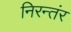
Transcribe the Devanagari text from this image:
निरन्तंर